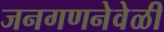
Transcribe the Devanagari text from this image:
जनगणनेवेळी